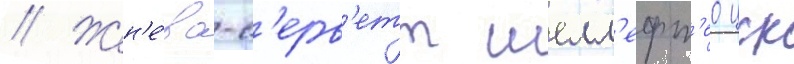
// Жен'е́ва-с'ерв'етт шелл'ефт'ео цск